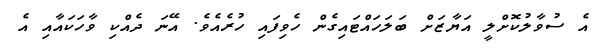
އެ ސުވާލުކޮށްލީ އަޔާޒަށް ބަލަހައްޓައިގެން ހެވިފައި ހުރެއެވެ. އޭނަ ދެއްކި ވާހަކައާއި އެ